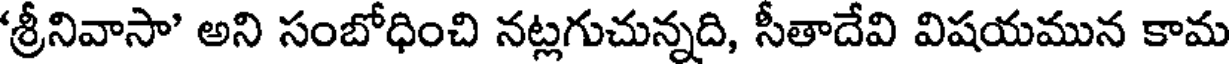
'శ్రీనివాసా' అని సంబోధించి నట్లగుచున్నది, సీతాదేవి విషయమున కామ